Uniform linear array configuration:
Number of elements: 24
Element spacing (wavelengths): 0.5
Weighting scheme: cosine
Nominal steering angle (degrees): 0
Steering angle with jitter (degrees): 1.924
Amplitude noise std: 0.05
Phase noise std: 0.05

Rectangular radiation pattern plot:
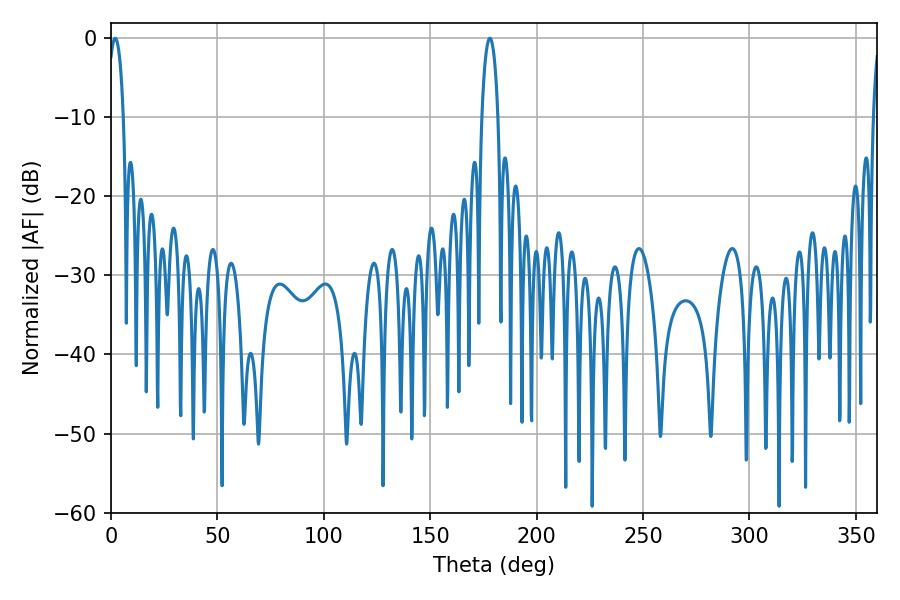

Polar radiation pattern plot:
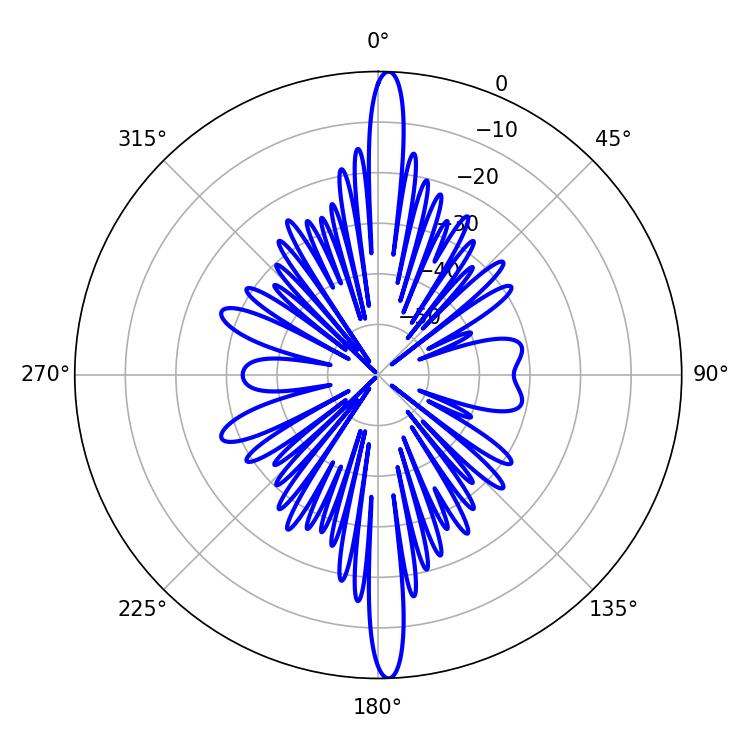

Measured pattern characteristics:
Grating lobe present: FALSE
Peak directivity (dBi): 25.547
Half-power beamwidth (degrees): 4.14
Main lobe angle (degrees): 1.98